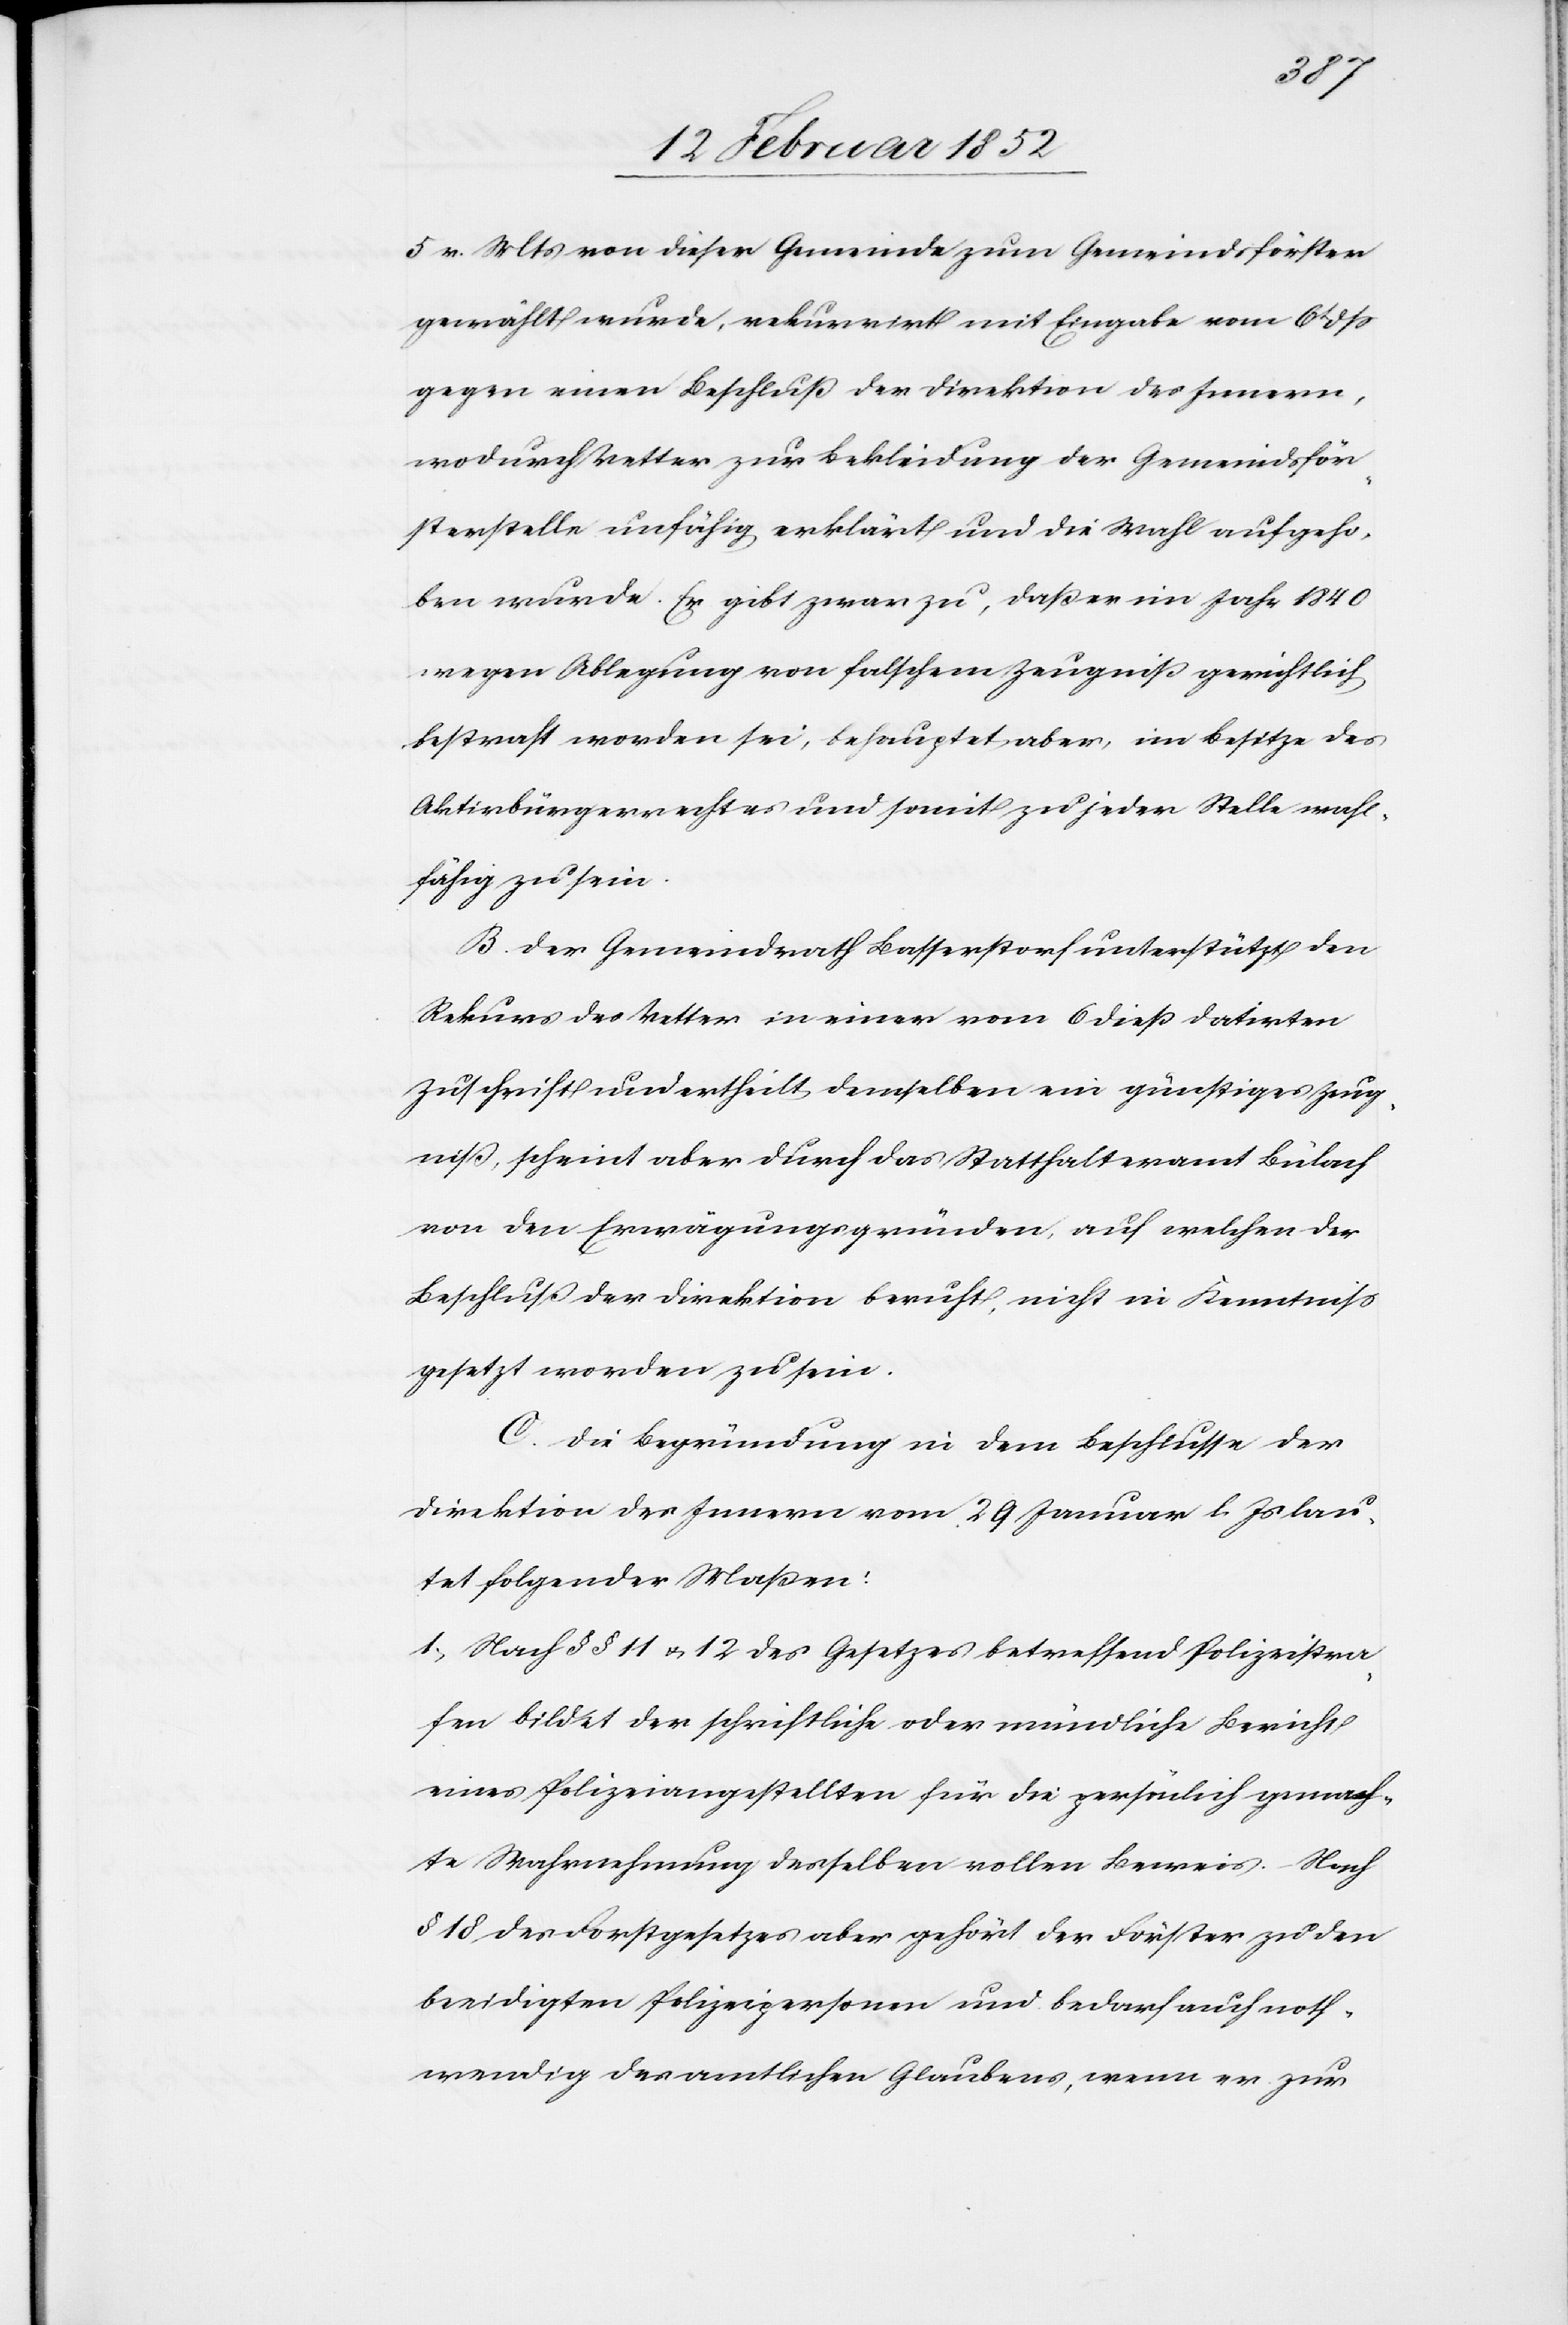
5. v. Mts von dieser Gemeinde zum Gemeindsförster
gewählt wurde, rekurrirt mit Eingabe von 6t
gegen einen Beschluß der Direktion des Innern,
wodurch Vetter zur Bekleidung der Gemeindsför¬
sterstelle unfähig erklärt und die Wahl aufgeho¬
ben wurde. Er gibt zwar zu, daß er im Jahr 1840
wegen Ablegung von falschem Zeugniß gerichtlich
bestraft worden sei, behauptet aber, im Besitze des
Aktivbürgerrechtes und somit zu jeder Stelle wahl¬
fähig zu sein.
B. Der Gemeindrath Basserstorf unterstützt den
Rekurs des Vetter in einer vom 6 dieß datirten
Zuschrift und ertheilt demselben ein günstiges Zeug¬
niß, scheint aber durch das Statthalteramt Bülach
von den Erwägungsgründen, auf welche der
Beschluß der Direktion beruht, nicht in Kenntniß
gesetzt worden zu sein.
C. Die Begründung in dem Beschlusse der
Direktion des Innern vom 29 Januar l. Js lau¬
tet folgender Maßen:
1.) Nach §§ 11 u. 12 des Gesetzes betreffend Polizeiwe¬
sen bildet der schriftliche oder mündliche Bericht
eines Polizeiangestellten für die persönliche gemach¬
te Wahrnehmung derselben vollen Beweis. Nach
§ 18 des Forstgesetzes aber gehört der Förster zu den
beeidigten Polizeipersonen und bedarf auch noth¬
wendig des amtlichen Glaubens, wenn er zur